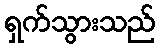
ရှက်သွားသည်